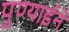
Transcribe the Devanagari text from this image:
पुण्याईने